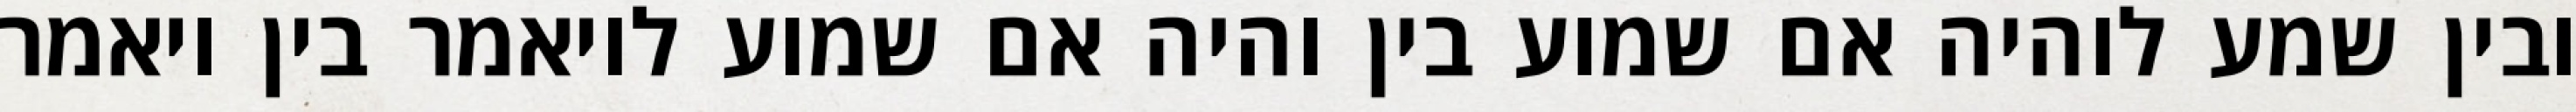
ובין שמע לוהיה אם שמוע בין והיה אם שמוע לויאמר בין ויאמר